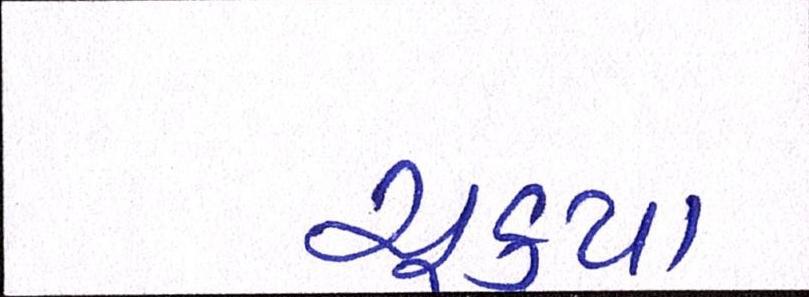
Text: ચૂક્યા